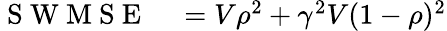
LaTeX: \begin{array}{rl}{\mathrm{~S~W~M~S~E~}}&{{}=V\rho^{2}+\gamma^{2}V(1-\rho)^{2}}\end{array}